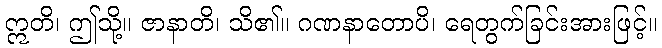
ဣတိ၊ ဤသို့။ ဇာနာတိ၊ သိ၏။ ဂဏနာတောပိ၊ ရေတွက်ခြင်းအားဖြင့်။